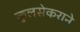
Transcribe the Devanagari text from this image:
कुलसेकराने